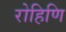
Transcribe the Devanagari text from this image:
रोहिणि